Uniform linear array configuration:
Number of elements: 16
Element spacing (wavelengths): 0.25
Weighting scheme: hamming
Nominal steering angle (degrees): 30
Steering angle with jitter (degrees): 29.729
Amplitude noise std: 0.05
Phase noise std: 0.05

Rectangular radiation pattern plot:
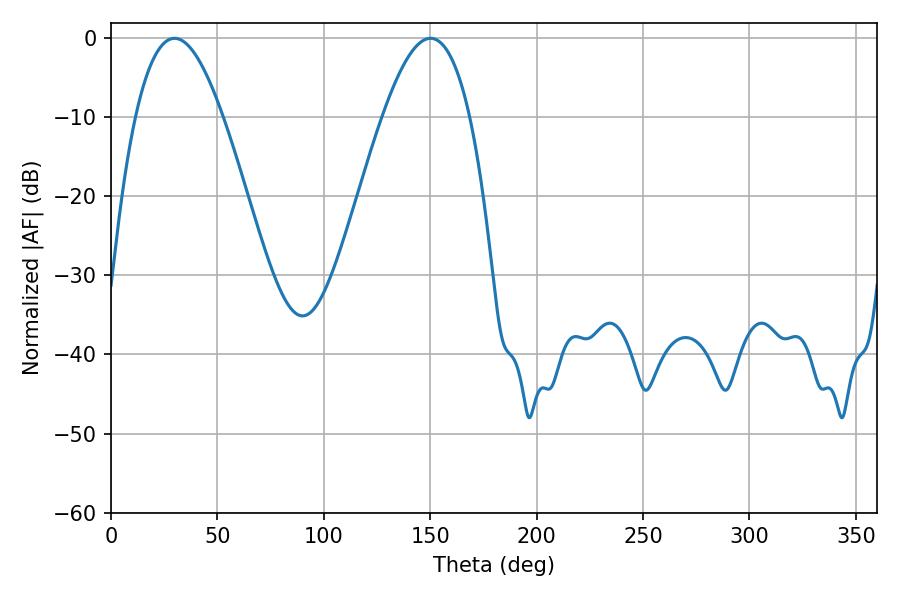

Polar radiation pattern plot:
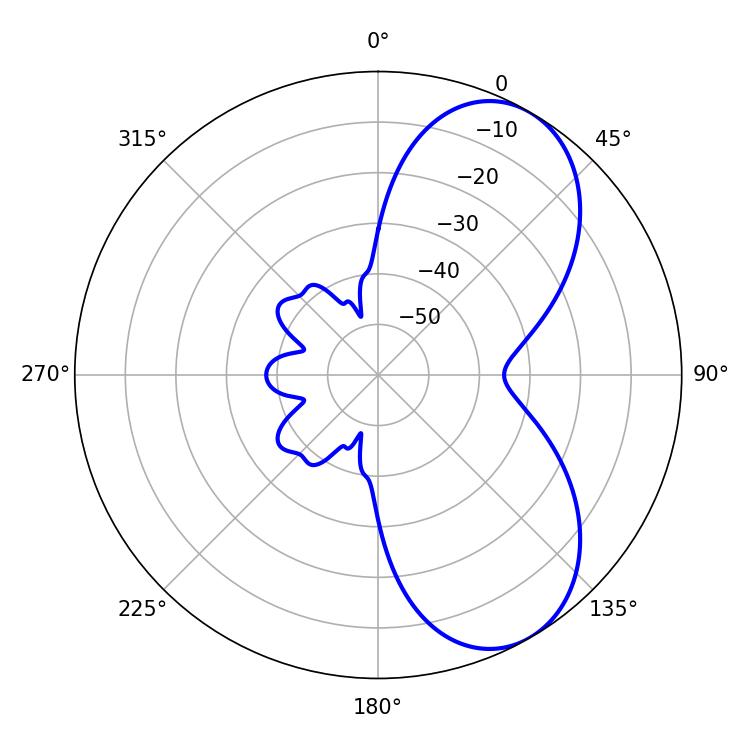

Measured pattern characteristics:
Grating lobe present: FALSE
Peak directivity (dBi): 6.66
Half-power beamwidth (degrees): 22.5
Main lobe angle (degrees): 29.88